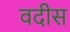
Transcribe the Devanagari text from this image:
वदीस